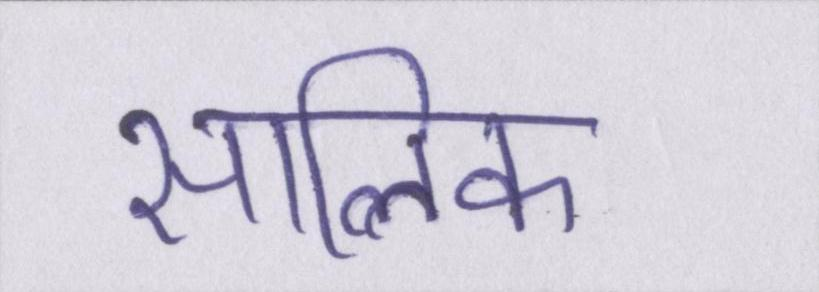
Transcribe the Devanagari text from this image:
सालिक